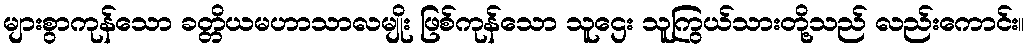
များစွာကုန်သော ခတ္တိယမဟာသာလမျိုး ဖြစ်ကုန်သော သူဌေး သူကြွယ်သားတို့သည် လည်းကောင်း။